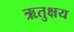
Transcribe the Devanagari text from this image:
ऋतुक्षय